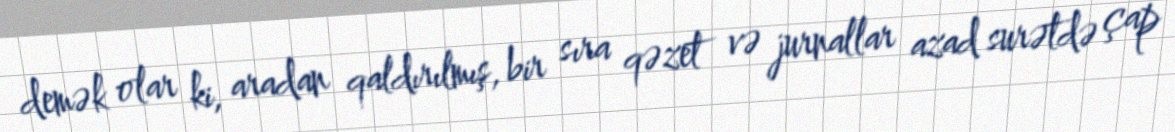
demək olar ki, aradan qaldırılmış, bir sıra qəzet və jurnallar azad surətdə çap